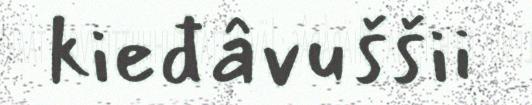
kieđâvuššii